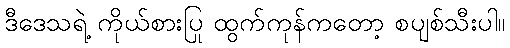
ဒီဒေသရဲ့ ကိုယ်စားပြု ထွက်ကုန်ကတော့ စပျစ်သီးပါ။